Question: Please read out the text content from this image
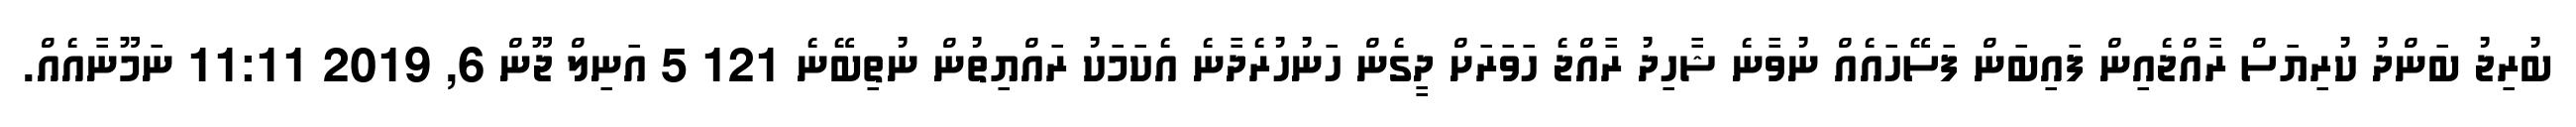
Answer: ބުރިޖު ބަންދު ކުރިޔަސް ރާއްޖެއިން ފައިބަން ފަސޭހައެއް ނުވާނެ ޝާހިދު ރާއްޖެ ހަވަރަށް ދީގެން ހަނުހުރެދާނެ އެކަމަކު ރައްޔިތުން ނުތިބޭނެ 121 5 އަނިލް ޖޫން 6, 2019 11:11 ނަމޫނާއެއް.